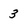
Character: 3